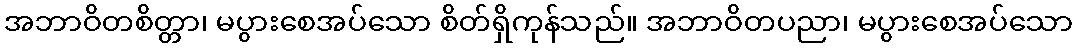
အဘာဝိတစိတ္တာ၊ မပွားစေအပ်သော စိတ်ရှိကုန်သည်။ အဘာဝိတပညာ၊ မပွားစေအပ်သော